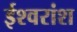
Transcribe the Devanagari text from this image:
ईश्वरांश